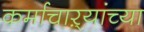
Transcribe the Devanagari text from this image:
कर्माचाऱ्यांच्या